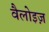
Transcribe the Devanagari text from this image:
वैलोइज़